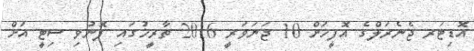
އޮޑިޓަރ ޖެނެރަލްގެ އޮފީހަށް 10 ޖަނަވަރީ 2016 ތާރީޚުގައި ފޮނުވި ސިޓީ އަށް